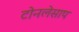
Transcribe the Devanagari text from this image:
टोनलेसाप